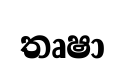
තෘෂා